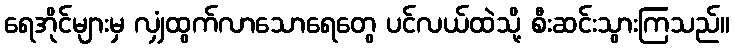
ရေအိုင်များမှ လျှံထွက်လာသောရေတွေ ပင်လယ်ထဲသို့ စီးဆင်းသွားကြသည်။